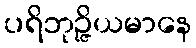
ပရိဘုဉ္ဇိယမာနေ